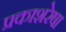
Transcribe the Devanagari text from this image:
प्रकाशरेषा